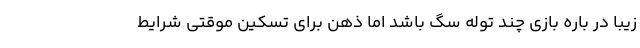
زیبا در باره بازی چند توله سگ باشد اما ذهن برای تسکین موقتی شرایط